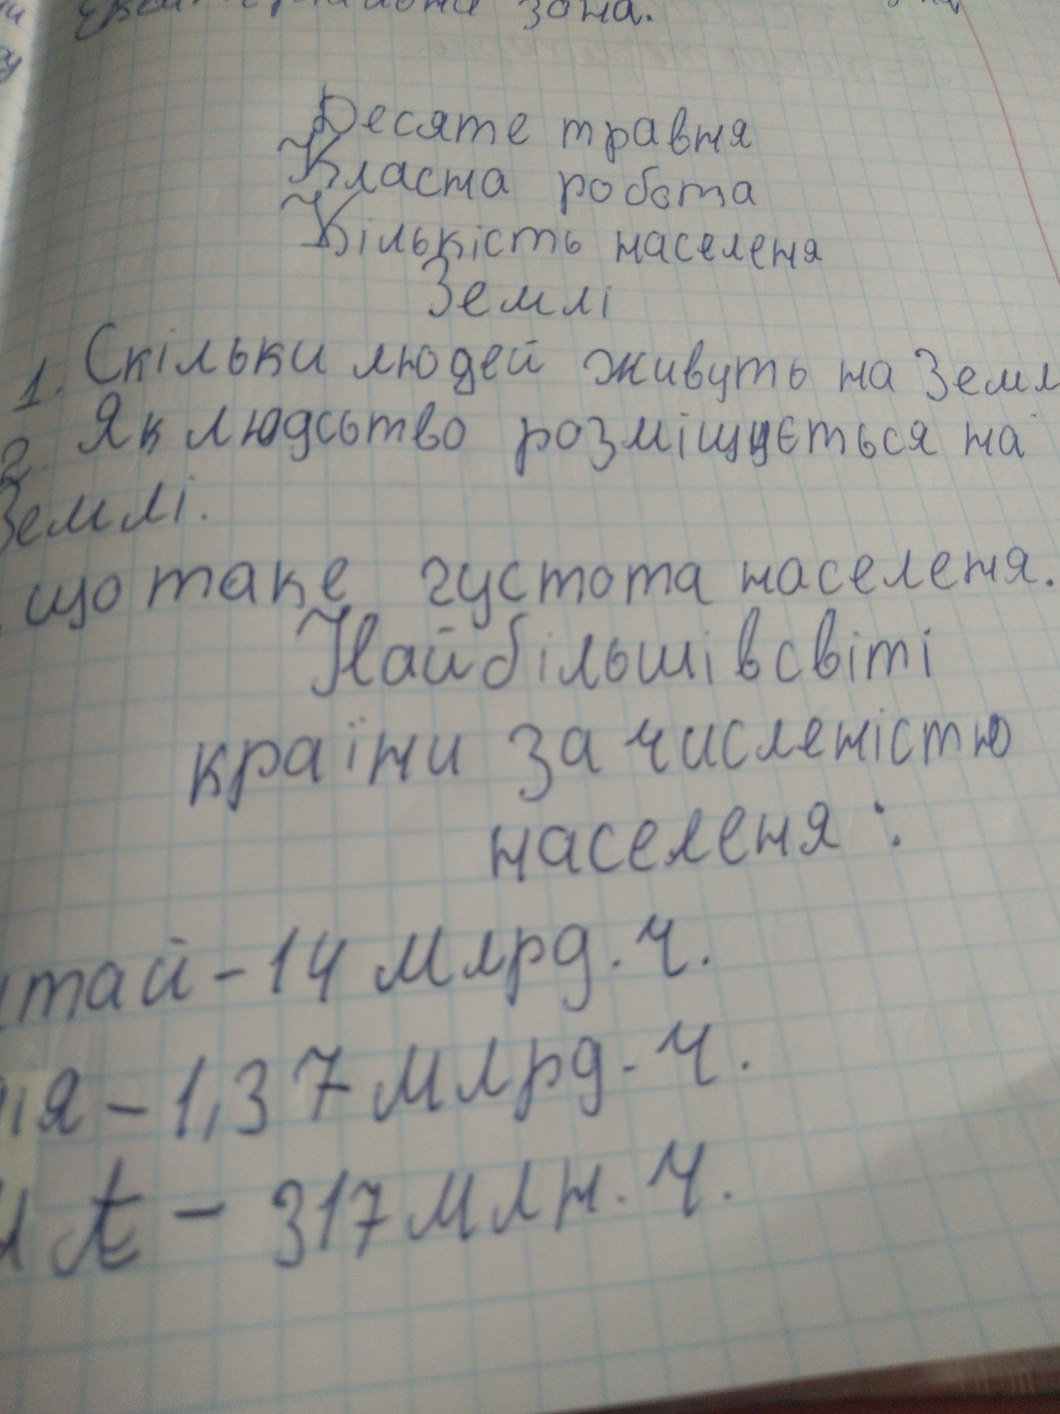
Десяте травня
Класна робота
Кількість населення
Землі
1. Скільки людей живуть на Земл
2. Як людсьтво розміщується на
Землі.
що таке густота населеня.
Найбільші в світі
країни за численістю
населеня :
тай - 14 млрд. ч.
ія - 1,37 млрд. ч.
А - 317 млн. ч.